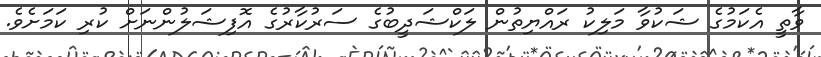
ވާތީ އެކަމުގެ ޝަކުވާ މަލިކު ރައްޔިތުން ލަކްޝަދީބުގެ ސަރުކާރުގެ އޮފިޝަލުންނަށް ކުރި ކަމަށެވެ.